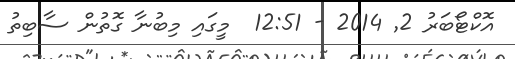
އޮކްޓޯބަރު 2